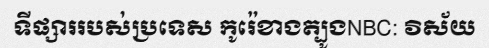
ទីផ្សាររបស់ប្រទេស កូរ៉េខាងត្បូងNBC: វិស័យ